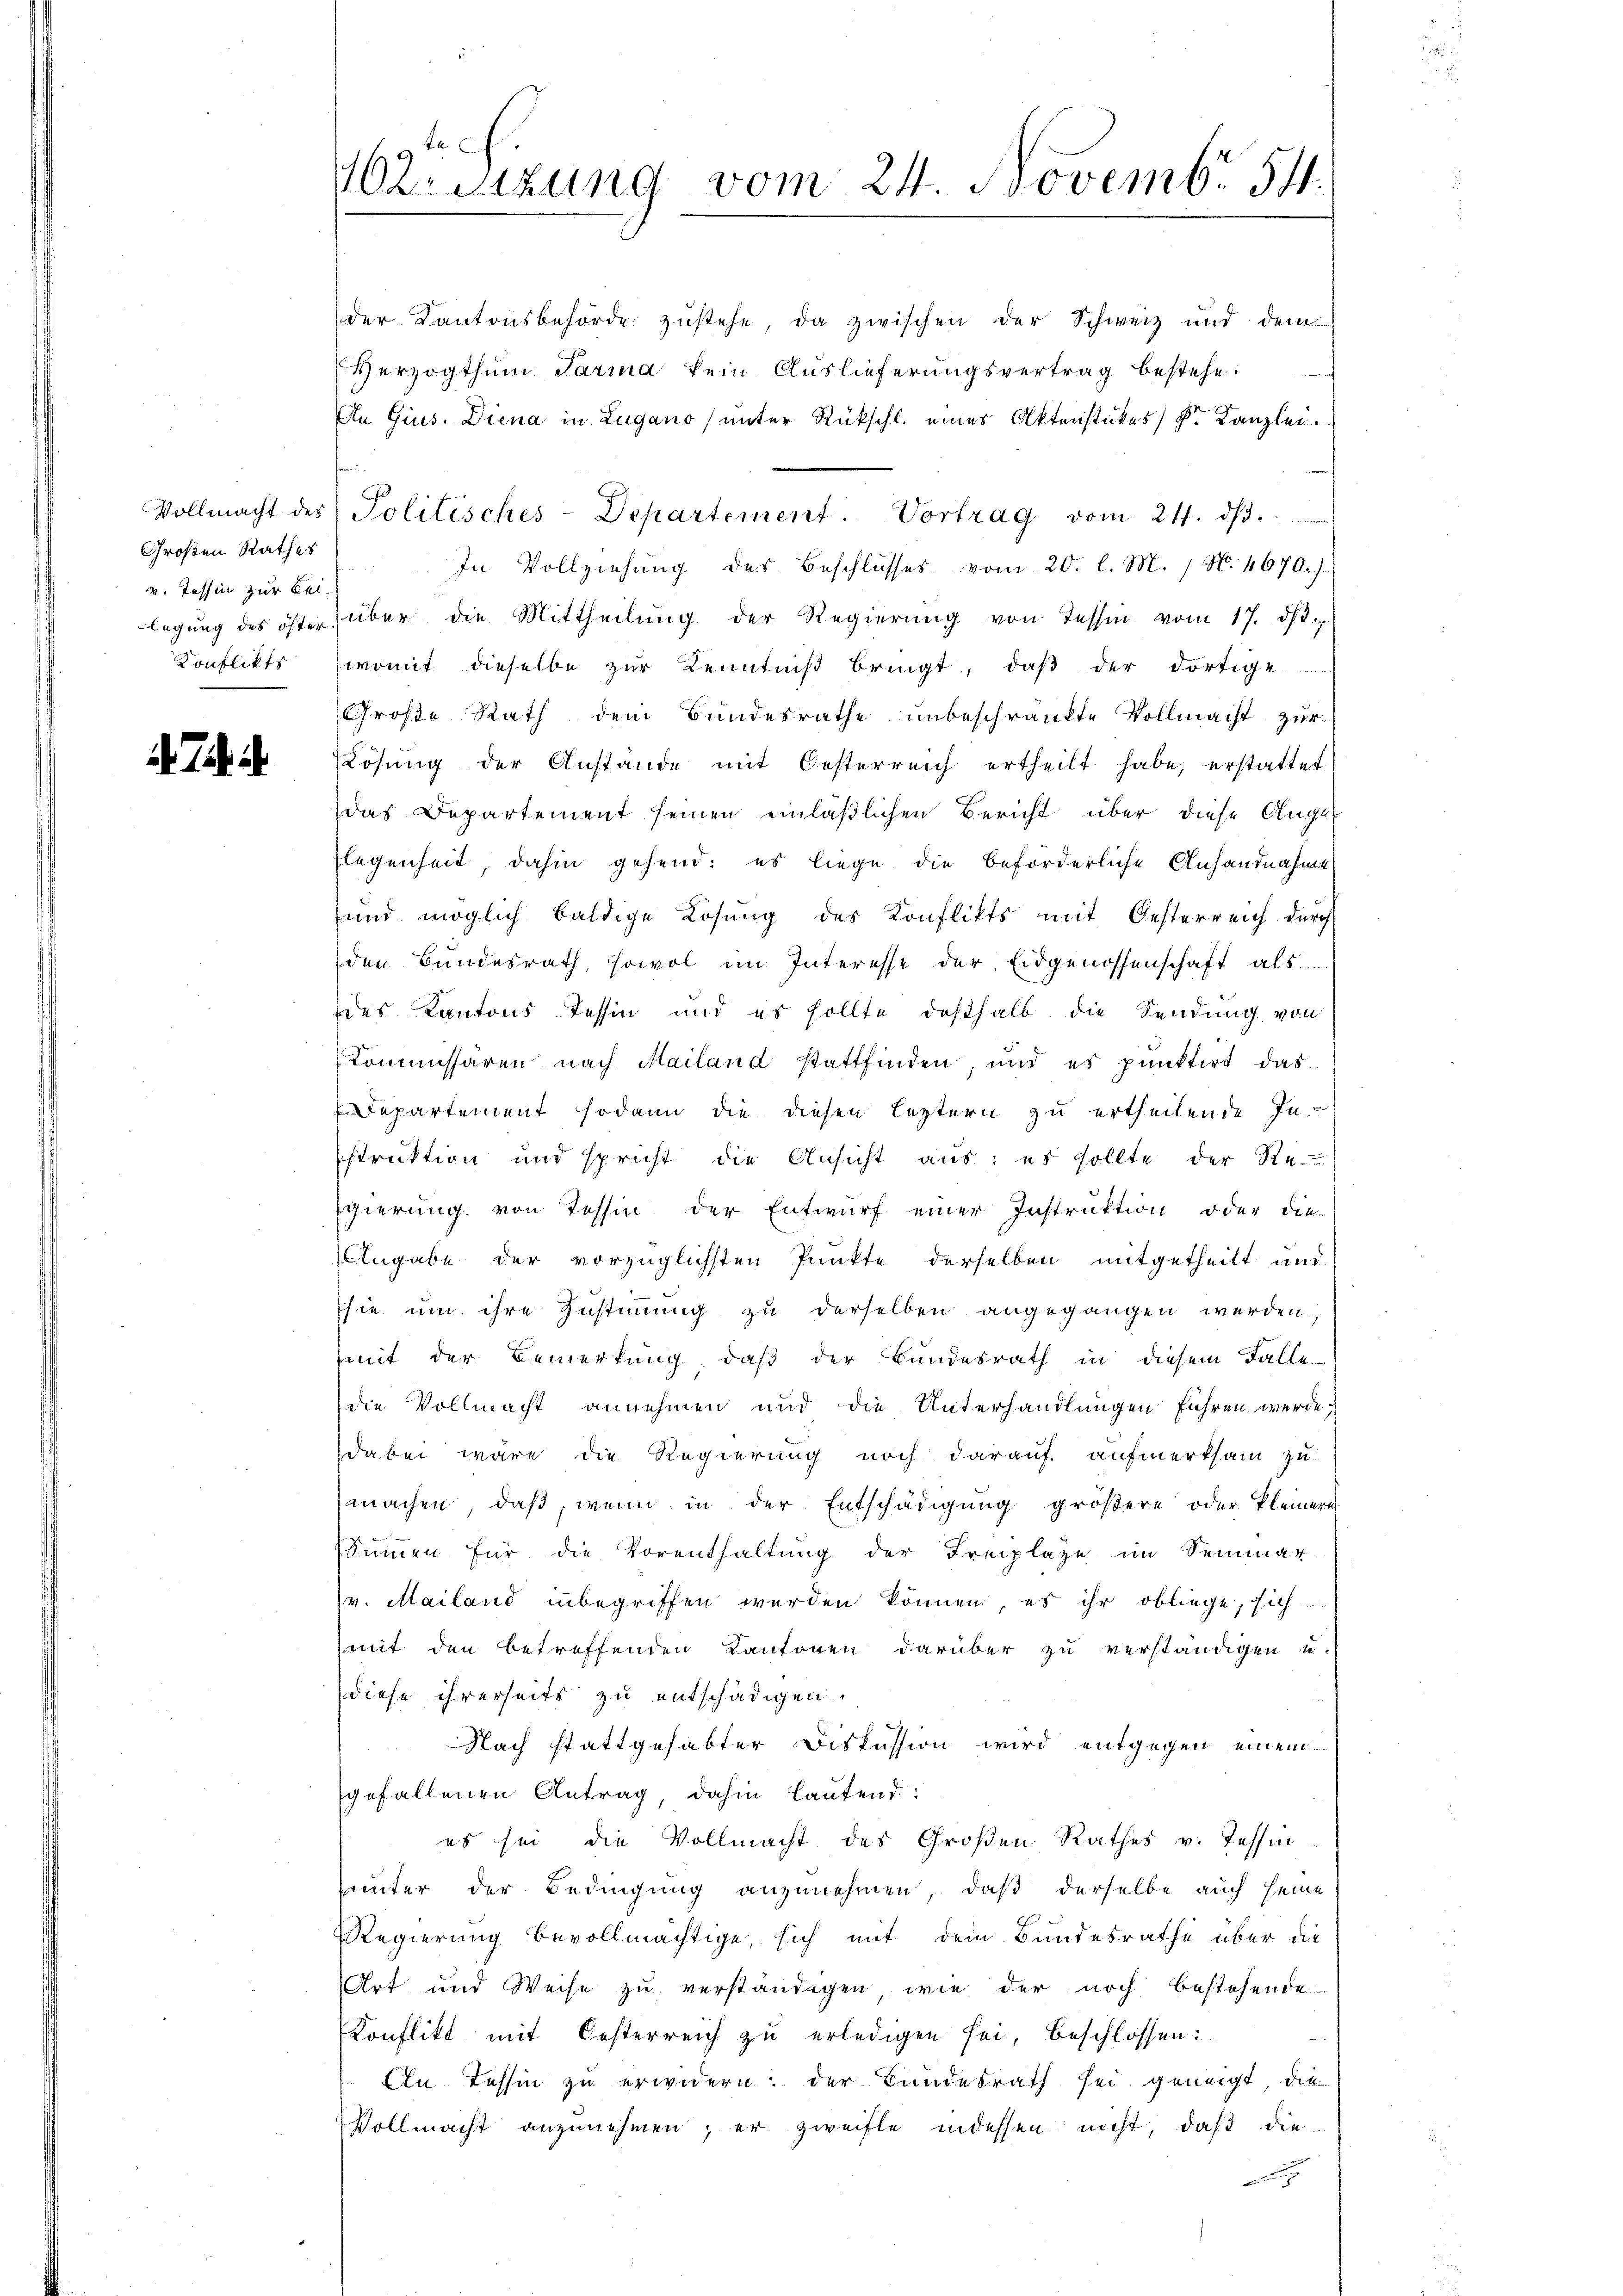
Großen Rathes
v. Tessin zur Bei¬
Konflikts

d. J.

der Kantonsbehörde zustehe, da zwischen der Schweiz und dem
Herzogthum Parma kein Auslieferungsvertrag bestehe.
An Gius. Diena in Lugano (unter Rückschl. eines Aktenstückes, Dr. Kanzlei.
Vollmacht des Politisches-Departement. Vortrag vom 21. dβ.
In Vollziehung des Beschlusses vom 20. l. M. / No. 4670. J
legung des öfter über die Mittheilŭng der Regierŭng von Tessin vom 17. dh.
womit dieselbe zur Kenntniß bringt, daß der dortige
Große Rath dem Bundesrathe unbeschränkte Vollmacht zur
Lösung der Anstände mit Oesterreich ertheilt habe, erstattet
das Departement seinen einläßlichen Bericht über diese Angel
legenheit, dahin gehend: es liege die beförderliche Anhandnahme
und möglich baldige Lösung des Konflikts mit Oesterreich durch
den Bundesrath, sowol im Interesse der Eidgenossenschaft als
des Kantons Tessin und es sollte deßhalb die Sendung von
Kommissären nach Mailand stattfinden, und es punktirt das
Departement sodann die diesen leztern zu ertheilende Inistruktion und spricht die Ansicht aus: es sollte der Ste-
gierung von Tessin der Entwurf einer Instruktion oder die
Angabe der vorzüglichsten Punkte derselben mitgetheilt und
sie um ihre Zustimmung zu derselben angegangen werden,
mit der Bemerkung, daß der Bundesrath in diesem Falle
die Vollmacht annehmen und die Unterhandlungen führen werde.
dabei wäre die Regierung noch darauf aufmerksam zu-
machen, daß, wenn in der Entschädigung größere oder kleinere
Summen für die Vorenthaltung der Freiplaze im Semmar
v. Mailand inbegriffen werden können, es ihr obliege, sich
mit den betreffenden Kantonen darüber zu verständigen u.
diese ihrerseits zu entschädigen.
Nach stattgehabter Diskussion wird entgegen einem
gefallenen Antrag, dahin lautend:
es sei die Vollmacht des Großen Rathes v. Tessin
unter der Bedingung anzunehmen, daß derselbe auch seine
Regierung bevollmächtige, sich mit dem Bundesrathe über die
Art und Weise zu verständigen, wie der noch bestehende
Konflikt mit Oesterreich zu erledigen sei, beschlossen:
Ein Tessin zu erwidern: der Bundesrath sei geneigt, die
Vollmacht anzunehmen; er zweifle indessen nicht, daß die
x

102. Sitzung vom 24. Novemb. 54.